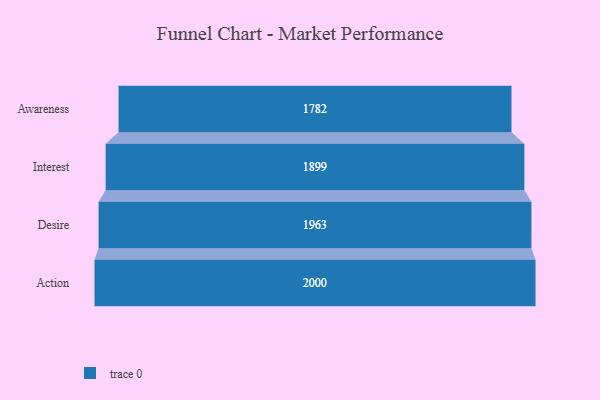
{"axis": {"x": "Stage", "y": "Value"}, "legend": [""], "data": [{"x": "Awareness", "y": 1782.0, "type": ""}, {"x": "Interest", "y": 1899.0, "type": ""}, {"x": "Desire", "y": 1963.0, "type": ""}, {"x": "Action", "y": 2000, "type": ""}]}